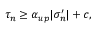
\tau _ { n } \geq \alpha _ { u p } | \sigma _ { n } ^ { \prime } | + c ,